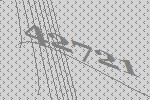
42721